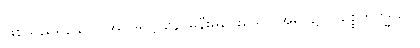
ဖြစ်သည်ရှိသော်။ အဝိဒူရဋ္ဌာနေ၊ မနီးမဝေးသော အရပ်၌။ ပစ္စေကဗုဒ္ဓဿ၊